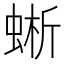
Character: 蜥